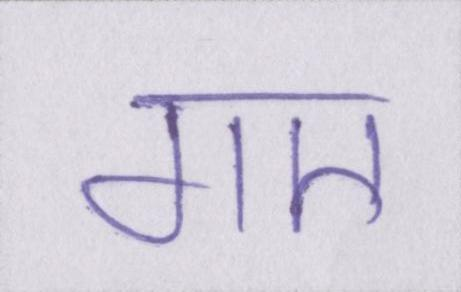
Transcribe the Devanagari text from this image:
गए